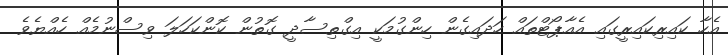
އެހާ ކައިރިކައިރީގައި އެއާޕޯޓްތައް ހަދައިގެން ހިންގުމަކީ އިގްތިސާދީ ގޮތުން ކޮންކަހަލަ ވިސްނުމެއް ހެއްޔެވެ